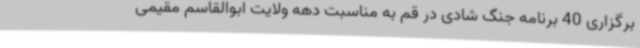
برگزاری 40 برنامه جنگ شادی در قم به مناسبت دهه ولایت ابوالقاسم مقیمی